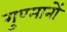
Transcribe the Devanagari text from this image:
गुण्मानों